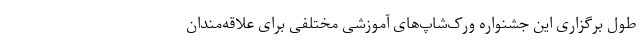
طول برگزاری این جشنواره ورک‌شاپ‌های آموزشی مختلفی برای علاقه‌مندان